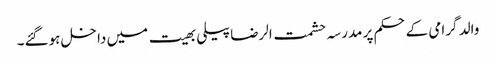
والد گرامی کےحکم پر مدرسہ حشمت الرضا پیلی بھیت میں داخل ہوگئے۔